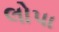
લોપા